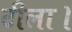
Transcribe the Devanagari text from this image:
टीला।